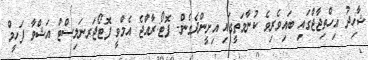
ޝާހިދު އިހްތިޖާޖްގައި ބައިވެރިވެ ކުނާމަތީގައި އިށީންދެގެން- ފޮޓޯ:ރާއްޖެ އެމްވީ ފޮޓޯޖަރނަލިސްޓް އަޝްވާ ފަހީމް